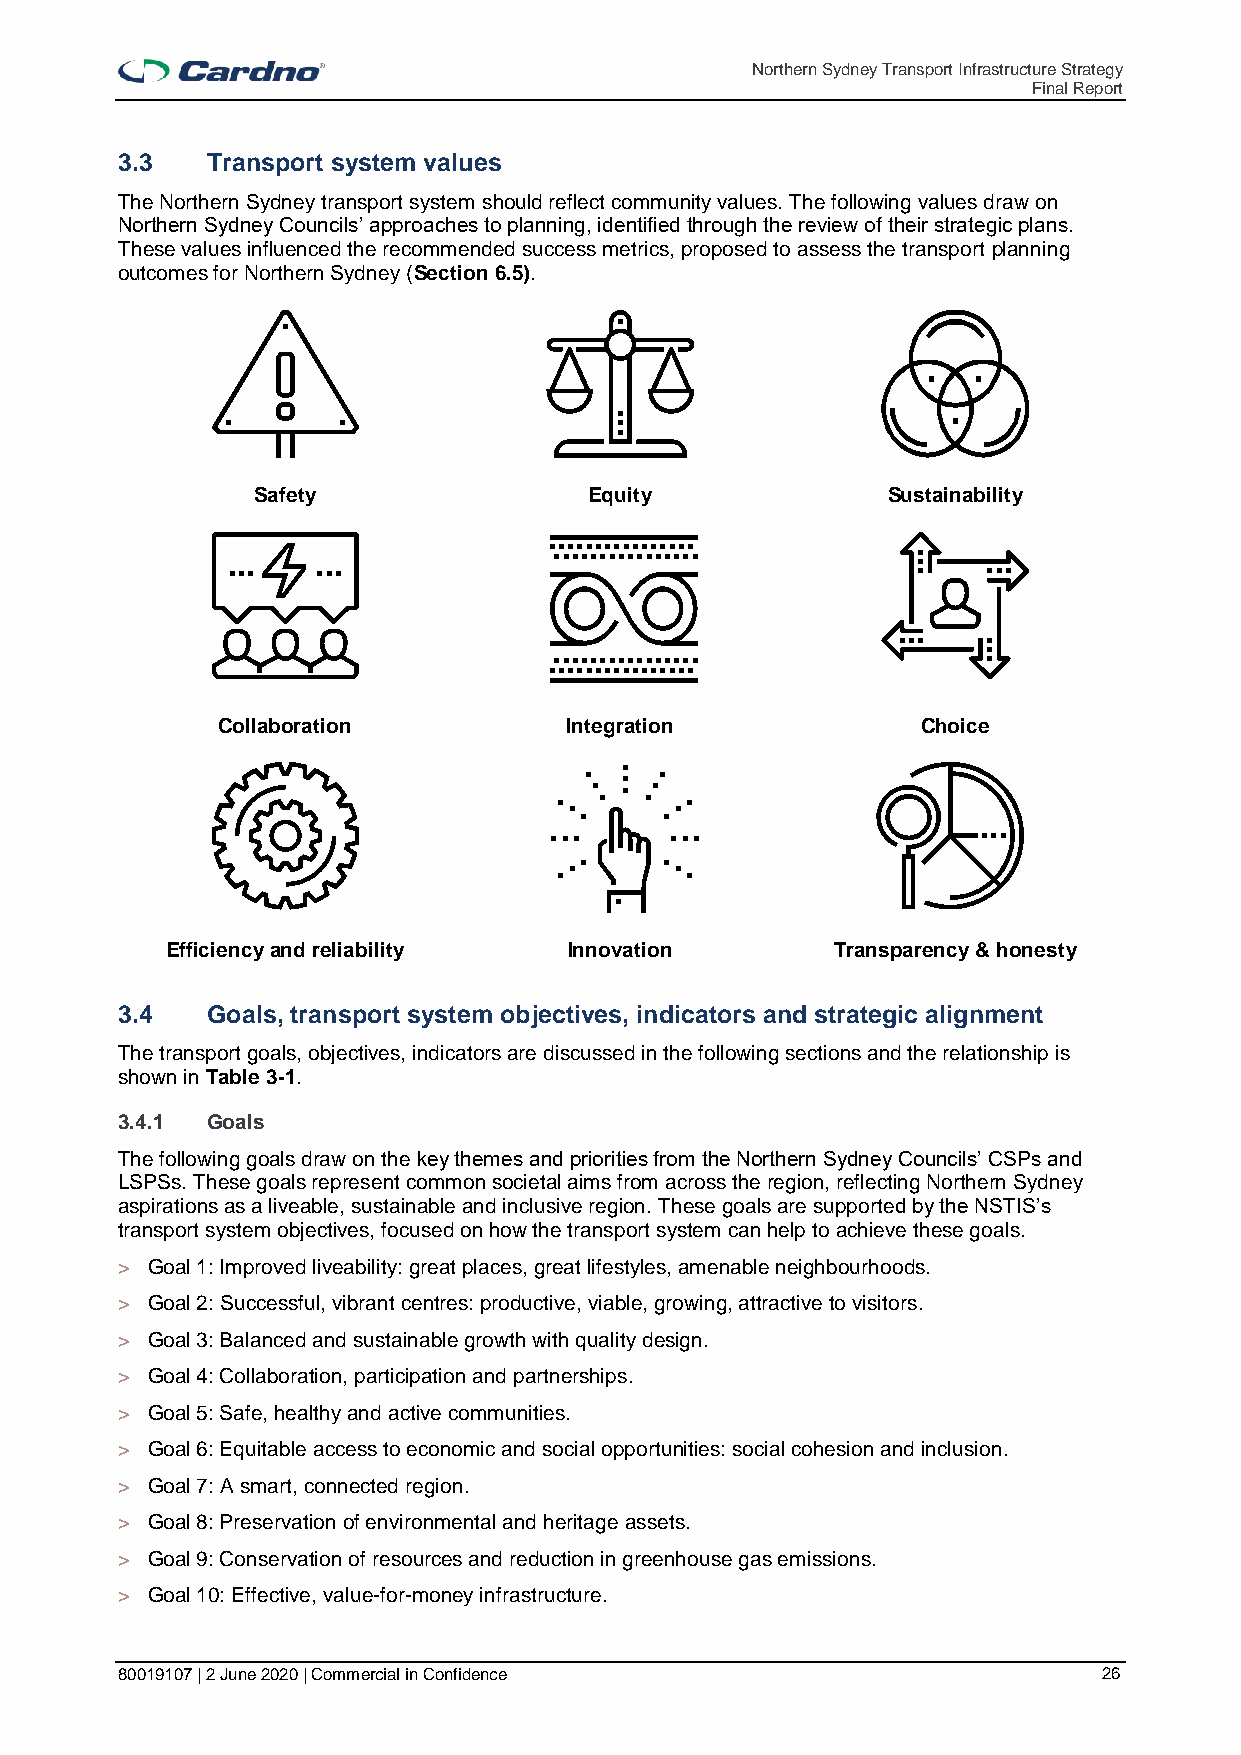
Northern Sydney Transport Infrastructure Strategy
 Final Report
 3.3   Transport system values
 The Northern Sydney transport system should reflect community values. The following values draw on
 Northern Sydney Councils’ approaches to planning, identified through the review of their strategic plans.
 These values influenced the recommended success metrics, proposed to assess the transport planning
 outcomes for Northern Sydney (Section 6.5).
 Safety                Equity              Sustainability
 Collaboration          Integration             Choice
 Efficiency and reliability Innovation       Transparency & honesty
 3.4   Goals, transport system objectives, indicators and strategic alignment
 The transport goals, objectives, indicators are discussed in the following sections and the relationship is
 shown in Table 3-1.
 3.4.1 Goals
 The following goals draw on the key themes and priorities from the Northern Sydney Councils’ CSPs and
 LSPSs. These goals represent common societal aims from across the region, reflecting Northern Sydney
 aspirations as a liveable, sustainable and inclusive region. These goals are supported by the NSTIS’s
 transport system objectives, focused on how the transport system can help to achieve these goals.
 > Goal 1: Improved liveability: great places, great lifestyles, amenable neighbourhoods.
 > Goal 2: Successful, vibrant centres: productive, viable, growing, attractive to visitors.
 > Goal 3: Balanced and sustainable growth with quality design.
 > Goal 4: Collaboration, participation and partnerships.
 > Goal 5: Safe, healthy and active communities.
 > Goal 6: Equitable access to economic and social opportunities: social cohesion and inclusion.
 > Goal 7: A smart, connected region.
 > Goal 8: Preservation of environmental and heritage assets.
 > Goal 9: Conservation of resources and reduction in greenhouse gas emissions.
 > Goal 10: Effective, value-for-money infrastructure.
 80019107 | 2 June 2020 | Commercial in Confidence                26